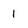
Character: 1